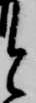
と